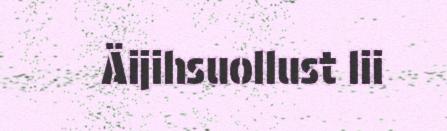
Äijihsuollust lii